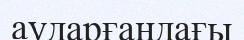
аударғандағы